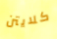
كلايتن